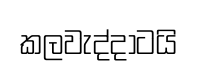
කලවැද්දාටයි